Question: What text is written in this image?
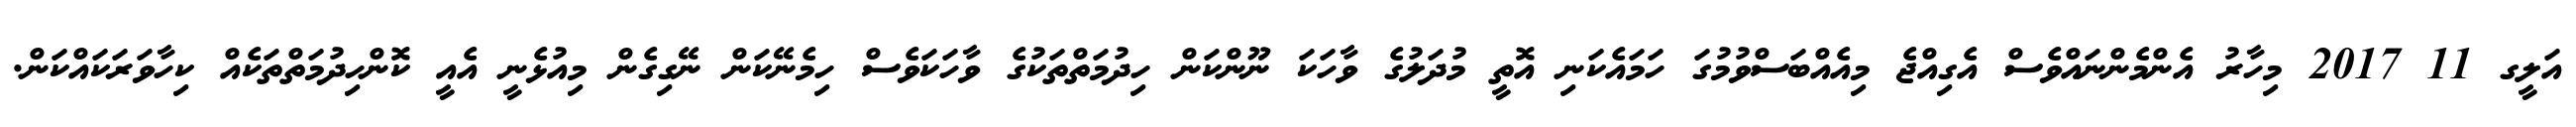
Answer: އަލީގ 11 2017 މިހާރު އެންމެންނައްވެސް އެގިއްޖެ މިއެއްބަސްވުމުގަ ހަމައެކަނި އޮތީ މުދަލުގެ ވާހަކަ ނޫންކަން ހިދުމަތްތަކުގެ ވާހަކަވެސް ހިމެނޭކަން ނޭގިގެން މިއުޅެނީ އެއީ ކޮންހިދުމަތްތަކެއް ކިހާވަރަކައްކަން.